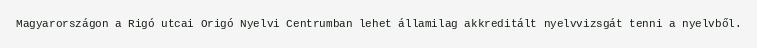
Magyarországon a Rigó utcai Origó Nyelvi Centrumban lehet államilag akkreditált nyelvvizsgát tenni a nyelvből.